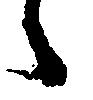
々